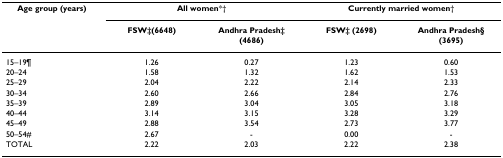
| Age group (years) | <COLSPAN=2> All women*† | <COLSPAN=2> Currently married women† |
 |  | FSW‡(6648) | Andhra Pradesh‡ (4686) | FSW‡ (2698) | Andhra Pradesh§ (3695) |
 | --- | --- | --- | --- | --- |
 | 15–19¶ | 1.26 | 0.27 | 1.23 | 0.60 |
 | 20–24 | 1.58 | 1.32 | 1.62 | 1.53 |
 | 25–29 | 2.04 | 2.22 | 2.14 | 2.33 |
 | 30–34 | 2.60 | 2.66 | 2.84 | 2.76 |
 | 35–39 | 2.89 | 3.04 | 3.05 | 3.18 |
 | 40–44 | 3.14 | 3.15 | 3.28 | 3.29 |
 | 45–49 | 2.88 | 3.54 | 2.73 | 3.77 |
 | 50–54# | 2.67 | - | 0.00 | - |
 | TOTAL | 2.22 | 2.03 | 2.22 | 2.38 |